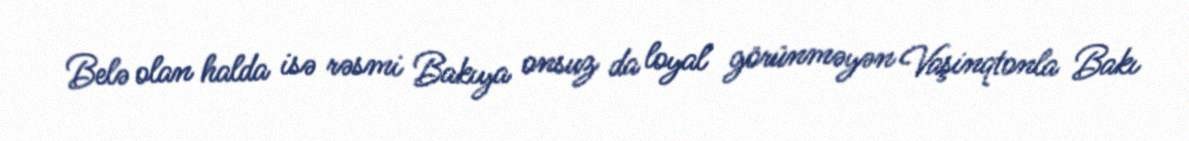
Belə olan halda isə rəsmi Bakıya onsuz da loyal görünməyən Vaşinqtonla Bakı